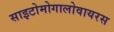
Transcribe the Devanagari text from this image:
साइटोमोगालोवायरस